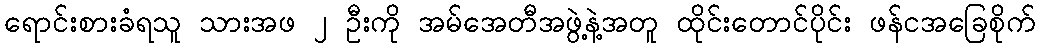
ရောင်းစားခံရသူ သားအဖ ၂ ဦးကို အမ်အေတီအဖွဲ့နဲ့အတူ ထိုင်းတောင်ပိုင်း ဖန်ငအခြေစိုက်